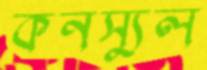
কনস্যুল